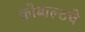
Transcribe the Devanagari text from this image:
कोबाल्टचे